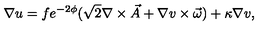
\nabla u = f e ^ { - 2 \phi } ( \sqrt { 2 } \nabla \times \vec { A } + \nabla v \times \vec { \omega } ) + \kappa \nabla v ,